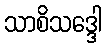
သာစိသဒ္ဒေါ